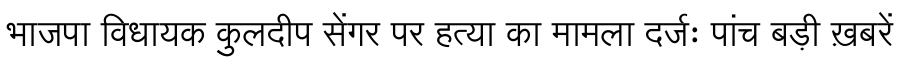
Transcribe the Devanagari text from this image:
भाजपा विधायक कुलदीप सेंगर पर हत्या का मामला दर्जः पांच बड़ी ख़बरें